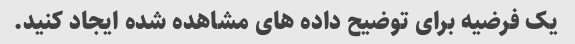
یک فرضیه برای توضیح داده های مشاهده شده ایجاد کنید.